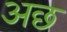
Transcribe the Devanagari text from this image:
अछ